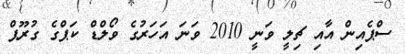
ސްޕެއިން އާއި ޗިލީ ވަނީ 2010 ވަނަ އަހަރުގެ ވޯލްޑް ކަޕްގެ ގުރޫޕް